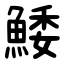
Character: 鯘